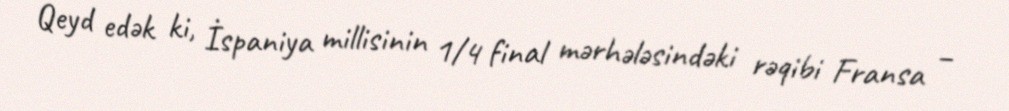
Qeyd edək ki, İspaniya millisinin 1/4 final mərhələsindəki rəqibi Fransa –